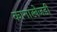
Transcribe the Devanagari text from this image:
कानाखेजडी